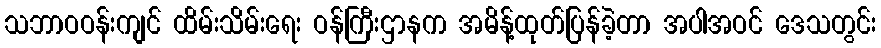
သဘာဝဝန်းကျင် ထိမ်းသိမ်းရေး ဝန်ကြီးဌာနက အမိန့်ထုတ်ပြန်ခဲ့တာ အပါအဝင် ဒေသတွင်း